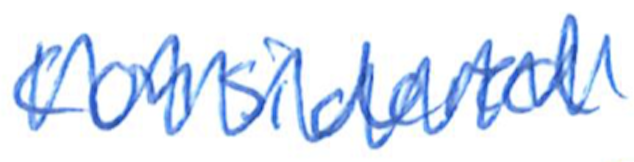
Text: considered
Cross-out: mix
Writing tool: ballpoint